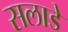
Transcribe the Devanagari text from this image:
सलाडे